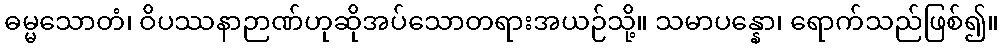
ဓမ္မသောတံ၊ ဝိပဿနာဉာဏ်ဟုဆိုအပ်သောတရားအယဉ်သို့။ သမာပန္နော၊ ရောက်သည်ဖြစ်၍။